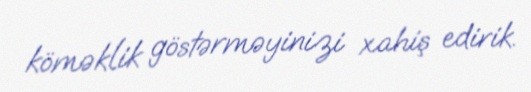
köməklik göstərməyinizi xahiş edirik.